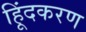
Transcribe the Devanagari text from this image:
हिूंदकरण